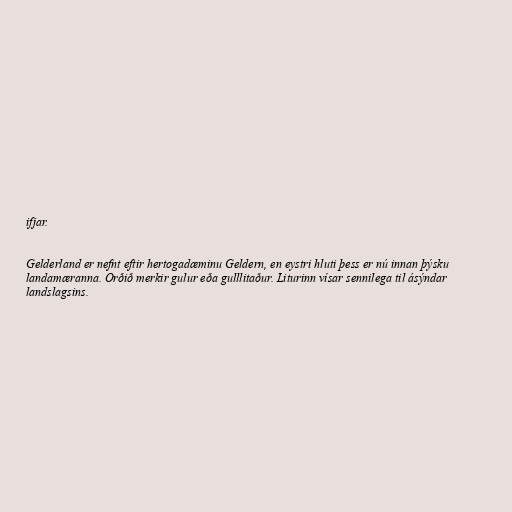
ifjar.

Gelderland er nefnt eftir hertogadæminu Geldern, en eystri hluti þess er nú innan þýsku
landamæranna. Orðið merkir gulur eða gulllitaður. Liturinn vísar sennilega til ásýndar
landslagsins.